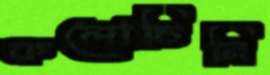
কলোচিনি